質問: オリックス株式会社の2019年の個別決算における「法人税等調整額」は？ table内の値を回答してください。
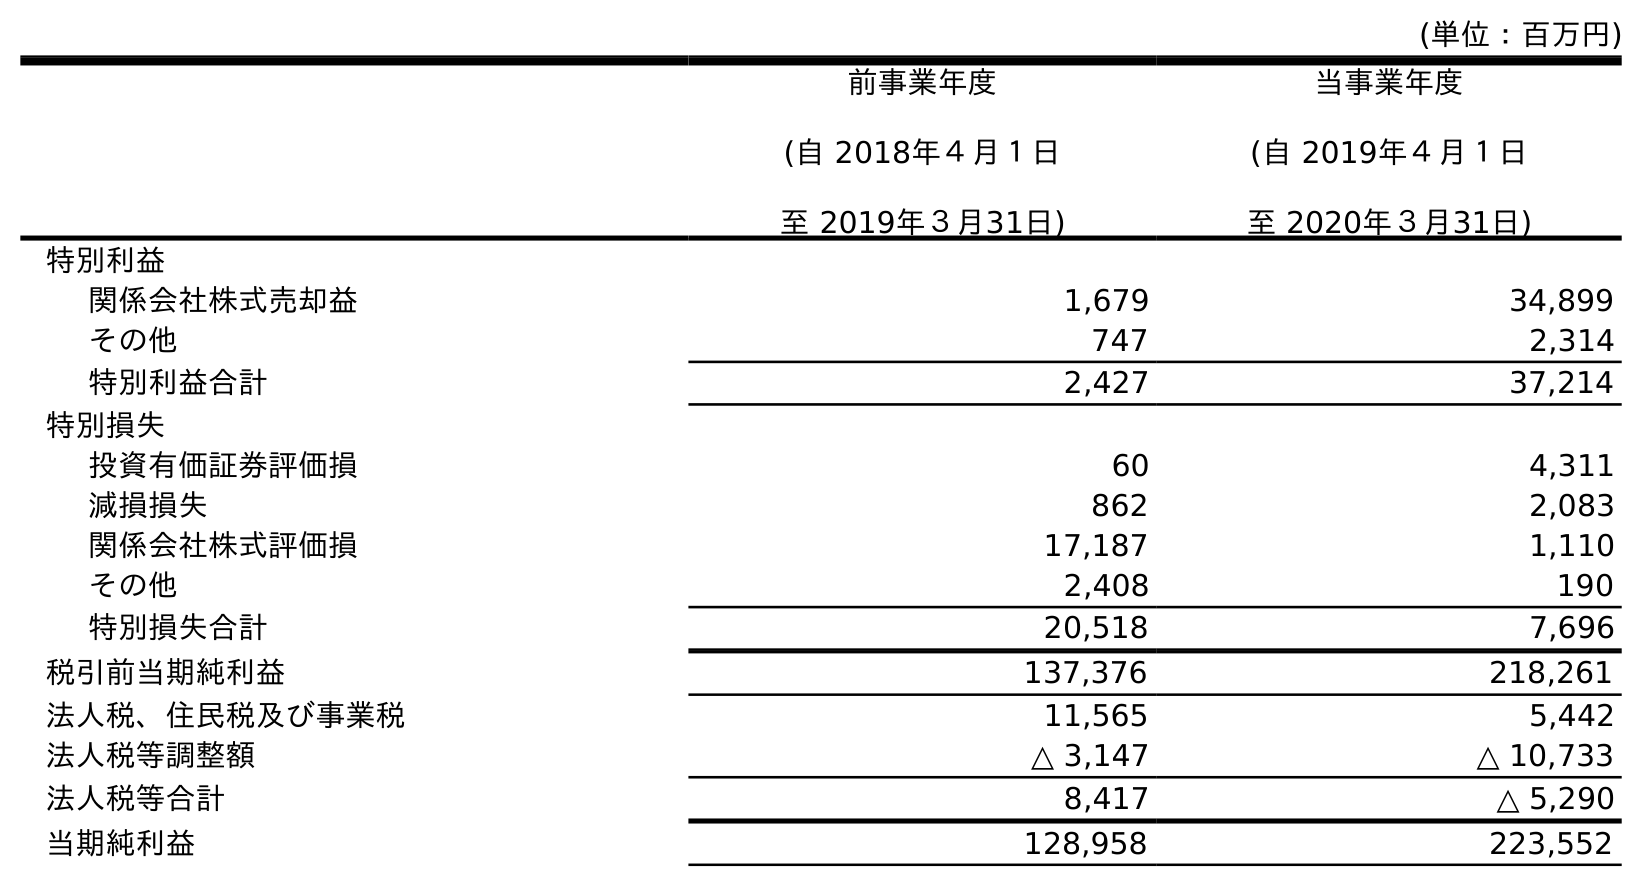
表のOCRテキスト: (単位：百万円) 前事業年度 (自 2018年４月１日 至 2019年３月31日) 当事業年度 (自 2019年４月１日 至 2020年３月31日) 特別利益 関係会社株式売却益 1,679 34,899 その他 747 2,314 特別利益合計 2,427 37,214 特別損失 投資有価証券評価損 60 4,311 減損損失 862 2,083 関係会社株式評価損 17,187 1,110 その他 2,408 190 特別損失合計 20,518 7,696 税引前当期純利益 137,376 218,261 法人税、住民税及び事業税 11,565 5,442 法人税等調整額 △ 3,147 △ 10,733 法人税等合計 8,417 △ 5,290 当期純利益 128,958 223,552
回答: △3,147